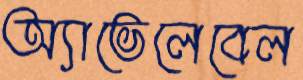
অ্যাভেলেবেল